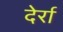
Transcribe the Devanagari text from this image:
देर्रा